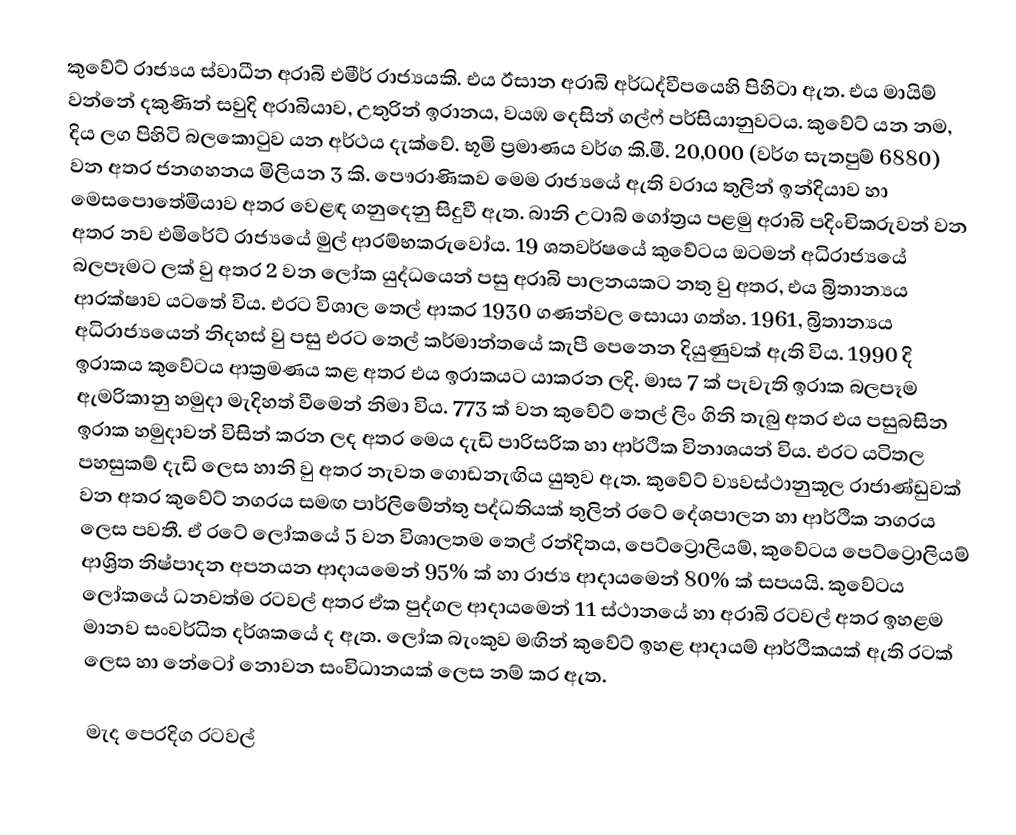
කුවේට් රාජ්‍යය ස්වාධීන අරාබි එමීර් රාජ්‍යයකි. එය ඊසාන අරාබි අර්ධද්වීපයෙහි පිහිටා ඇත. එය මායිම් වන්නේ දකුණින් සවුදි අරාබියාව, උතුරින් ඉරානය, වයඹ දෙසින් ගල්ෆ්  පර්සියානුවටය. කුවේට් යන නම, දිය ලග පිහිටි බලකොටුව යන අර්ථය දැක්වේ. භූමි ප්‍රමාණය වර්ග කි.මී. 20,000 (වර්ග සැතපුම් 6880) වන අතර ජනගහනය මිලියන 3 කි. ‍පෞරාණිකව මෙම රාජ්‍යයේ ඇති වරාය තුලින් ඉන්දියාව හා මෙසපොතේමියාව අතර වෙළඳ ගනුදෙනු සිදුවී ඇත. බානි උටාබ් ගෝත්‍රය පළමු අරාබි පදිංචිකරුවන් වන අතර නව එමිරේට් රාජ්‍යයේ මුල් ආරම්භකරුවෝය. 19 ශතවර්ෂයේ කුවේටය ඔටමන් අධිරාජ්‍යයේ බලපෑමට ලක් වු අතර 2 වන ලෝක යුද්ධයෙන් පසු අරාබි පාලනයකට නතු වු අතර, එය බ්‍රිතාන්‍යය ආරක්ෂාව යටතේ විය. එරට විශාල තෙල් ආකර 1930 ගණන්වල සොයා ගත්හ. 1961, බ්‍රිතාන්‍යය අධිරාජ්‍යයෙන් නිදහස් වු පසු එරට තෙල් කර්මාන්තයේ කැපී පෙනෙන දියුණුවක් ඇති විය. 1990 දි ඉරාකය කුවේටය ආක්‍රමණය කළ අතර එය ඉරාකයට යාකරන ලදි. මාස 7 ක් පැවැති ඉරාක බලපෑම ඇමරිකානු හමුදා මැදිහත් වීමෙන් නිමා විය. 773 ක් වන කුවේට් තෙල් ලිං ගිනි තැබු අතර එය පසුබසින ඉරාක හමුදාවන් විසින් කරන ලද අතර මෙය දැඩි පාරිසරික හා ආර්ථික විනාශයන් විය. එරට යටිතල පහසුකම් දැඩි ලෙස හානි වු අතර නැවත ගොඩනැඟිය යුතුව ඇත. කුවේට් ව්‍යවස්ථානුකූල රාජාණ්ඩුවක් වන අතර කුවේට් නගරය සමඟ පාර්ලිමේන්තු පද්ධතියක් තුලින් රටේ දේශපාලන හා ආර්ථික නගරය ලෙස පවතී. ඒ රටේ ‍ලෝකයේ 5 වන විශාලතම තෙල් රන්දිතය, පෙට්ට්‍රොලියම්, කුවේටය පෙට්ට්‍රොලියම් ආශ්‍රිත නිෂ්පාදන අපනයන ආදායමෙන් 95% ක් හා රාජ්‍ය ආදායමෙන් 80% ක් සපයයි. කුවේටය ලෝකයේ ධනවත්ම රටවල් අතර ඒක පුද්ගල ආදායමෙන් 11 ස්ථානයේ හා අරාබි රටවල් අතර ඉහළම මානව සංවර්ධිත දර්ශක‍යේ ද ඇත. ලෝක බැංකුව මඟින් කුවේට් ඉහළ ආදායම් ආර්ථිකයක් ඇති රටක් ලෙස හා නේටෝ නොවන සංවිධානයක් ලෙස නම් කර ඇත.

මැද පෙරදිග රටවල්